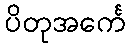
ပိတုအင်္ကေ